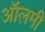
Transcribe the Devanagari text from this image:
ऑलमी